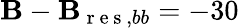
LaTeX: \mathbf{B}-\mathbf{B}_{\mathrm{{~r~e~s~}},bb}=-30